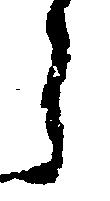
ら